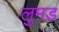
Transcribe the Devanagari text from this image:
लुमड